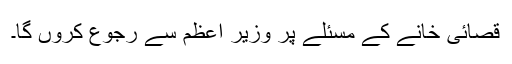
قصائی خانے کے مسئلے پر وزیر اعظم سے رجوع کروں گا۔